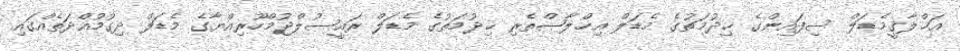
އަޚްލާޤީމެޑަލް ސިފައިންގެ ޚިދުމަތުގެ މެޑަލް އިޚްލާޞްތެރި ޚިދުމަތުގެ މެޑަލް ރައީސުލްޖުމްހޫރިއްޔާގެ މެޑަލް ދިގުމުއްދަތެއްގައި